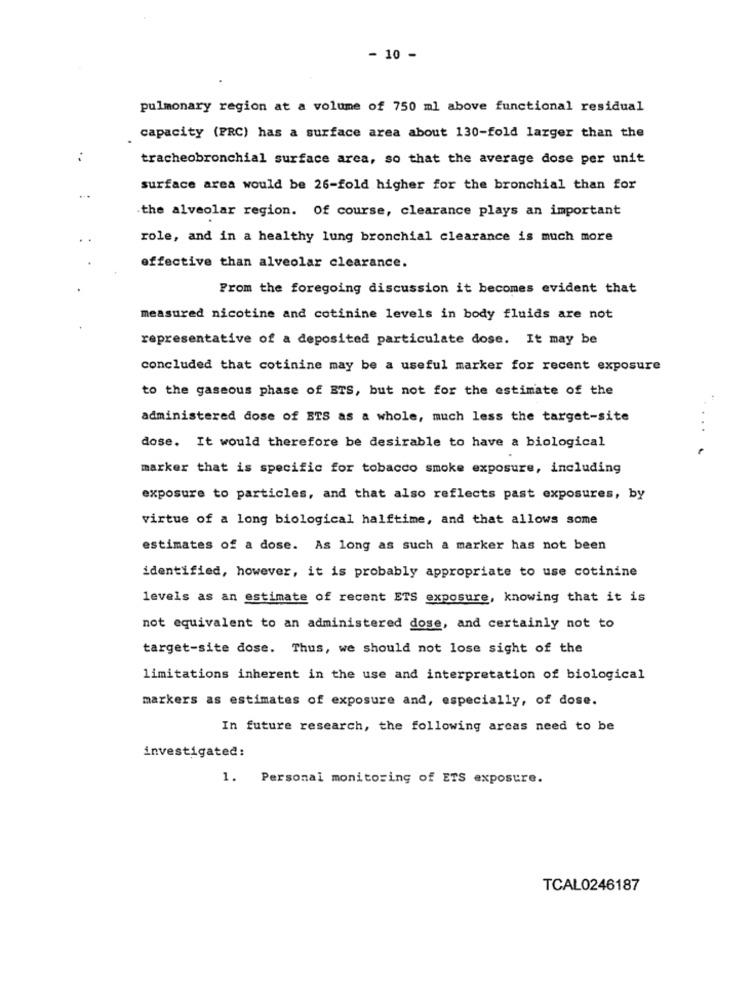
- 10 -
pulmonary region at a volume of 750 ml above functional residual
capacity (PRC) has a surface area about 130-fold larger than the
tracheobronchial surface area, so that the average dose per unit
surface area would be 26-fold higher for the bronchial than for
the alveolar region. Of course, clearance plays an important
role, and in a healthy lung bronchial clearance is much more
effective than alveolar clearance.
From the foregoing discussion it becomes evident that
measured nicotine and cotinine levels in body fluids are not
representative of a deposited particulate dose. It may be
concluded that cotinine may be a useful marker for recent exposure
to the gaseous phase of BTS, but not for the estimate of the
administered dose of BTS as a whole, much less the target-site
dose. It would therefore be desirable to have a biological
marker that is specific for tobacco smoke exposure, including
exposure to particles, and that also reflects past exposures, by
virtue of a long biological halftime, and that allows some
estimates of a dose. As long as such a marker has not been
identified, however, it is probably appropriate to use cotinine
levels as an estimate of recent ETS exposure, knowing that it is
not equivalent to an administered dose, and certainly not to
target-site dose. Thus, we should not lose sight of the
limitations inherent in the use and interpretation of biological
markers as estimates of exposure and, especially, of dose.
In future research, the following areas need to be
investigated:
1. Personal monitoring of ETS exposure.
TCAL0246187